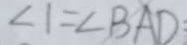
\angle 1 = \angle B A D